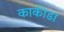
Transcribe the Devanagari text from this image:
काकीडा